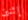
إثنين